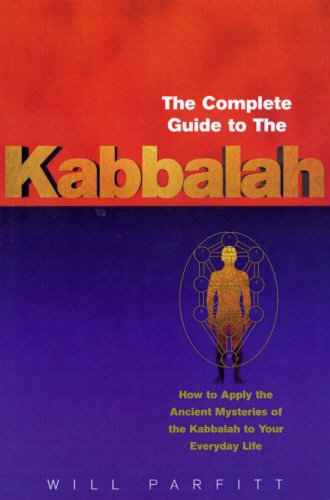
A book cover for The Complete Guide to the Kabbalah: How to Apply the Ancient Mysteries of the Kabbalah to Your Everyday Life; Will Parfitt; Religion & Spirituality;